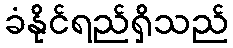
ခံနိုင်ရည်ရှိသည်